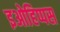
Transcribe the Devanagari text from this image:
इओहिप्पस